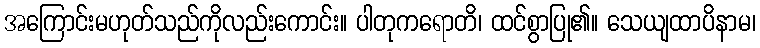
အကြောင်းမဟုတ်သည်ကိုလည်းကောင်း။ ပါတုကရောတိ၊ ထင်စွာပြု၏။ သေယျထာပိနာမ၊